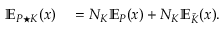
\begin{array} { r l } { \mathbb { E } _ { P \star K } ( x ) } & { { } = N _ { K } \mathbb { E } _ { P } ( x ) + N _ { K } \mathbb { E } _ { \tilde { K } } ( x ) . } \end{array}